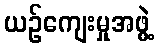
ယဉ်ကျေးမှုအဖွဲ့